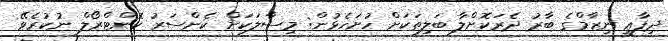
ދިފާޢީ ނިޒާމްގެ ބާރު ދެރަކޮށްލާ ބަލިތަކަށް ހުށަހެޅުން: މިސާލަކަށް ކެންސަރު ކޮންޓްރޯލް ނުކުރެވޭ